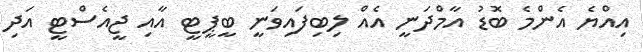
އިއްޔެ އެންމެ ބޮޑު އާމްދަނީ އެއް ލިބިފައިވަނީ ބީޕީޓީ އާއި ޖީއެސްޓީ އަދި